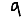
Digit: 9